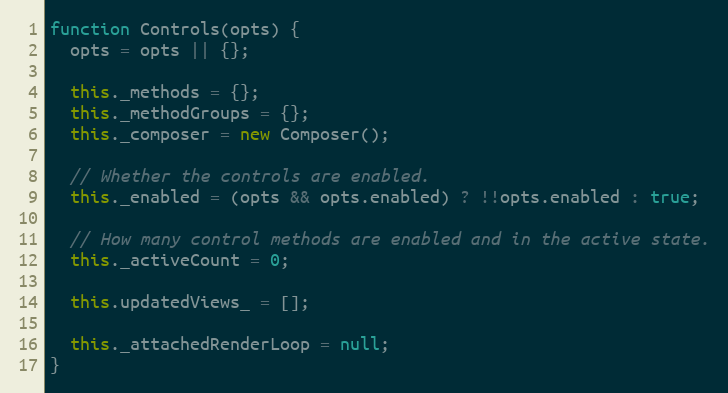
Language: JavaScript
function Controls(opts) {
  opts = opts || {};

  this._methods = {};
  this._methodGroups = {};
  this._composer = new Composer();

  // Whether the controls are enabled.
  this._enabled = (opts && opts.enabled) ? !!opts.enabled : true;

  // How many control methods are enabled and in the active state.
  this._activeCount = 0;

  this.updatedViews_ = [];

  this._attachedRenderLoop = null;
}